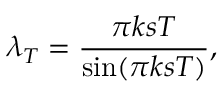
\lambda _ { T } = \frac { \pi k s T } { \sin ( \pi k s T ) } ,